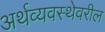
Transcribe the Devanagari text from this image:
अर्थव्यवस्थेवरील